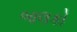
બાલકો